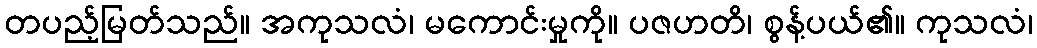
တပည့်မြတ်သည်။ အကုသလံ၊ မကောင်းမှုကို။ ပဇဟတိ၊ စွန့်ပယ်၏။ ကုသလံ၊